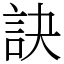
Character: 訣